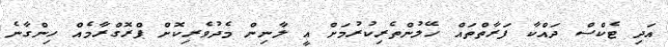
އަދި ޓެކްސް ދައްކާ ފަރާތްތައް ހޭލުންތެރިކުރުމަށް އީ ލާނިން މެދުވެރިކޮށް ޕްރޮގްރާމެއް ހިންގާނެ